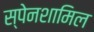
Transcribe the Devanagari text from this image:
स्पेनशामिल